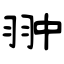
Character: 翀